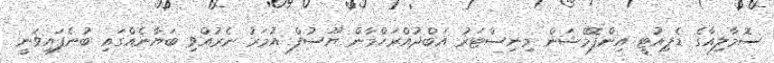
ސޮމާލިއާގެ ޑެޕިއުޓީ އިންފޮމޭޝަން މިނިސްޓަރު އަބްދުއްރަހްމާން ޔޫސުފް އުމަރު ނެރުއްވި ބަޔާނެއްގައި ބުނެފައިވަނީ